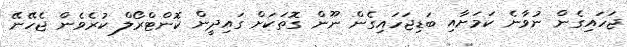
ޖަހައިގެން ނުވާނެ ކަމަށާއި ބަޑިޖަހައިގެން ނޫން ގޮތަކަށް ގައިދީން ކޮންޓްރޯލް ކުރެވެން ޖެހޭނޭ